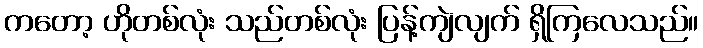
ကတော့ ဟိုတစ်လုံး သည်တစ်လုံး ပြန့်ကျဲလျက် ရှိကြလေသည်။